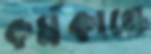
কর্মকাণ্ডে